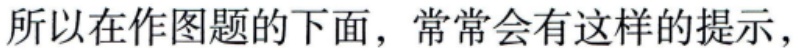
所以在作图题的下面，常常会有这样的提示，